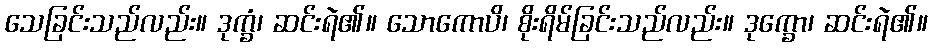
သေခြင်းသည်လည်း။ ဒုက္ခံ၊ ဆင်းရဲ၏။ သောကောပိ၊ စိုးရိမ်ခြင်းသည်လည်း။ ဒုက္ခော၊ ဆင်းရဲ၏။